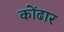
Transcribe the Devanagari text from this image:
कोंढार